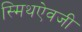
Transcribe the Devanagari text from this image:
स्मिथऐवजी